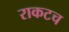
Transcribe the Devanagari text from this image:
राकटच